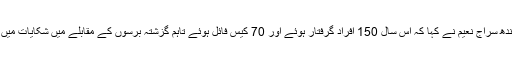
ڈائریکٹر جنرل نیب سندھ سراج نعیم نے کہا کہ اس سال 150 افراد گرفتار ہوئے اور 70 کیس فائل ہوئے تاہم گزشتہ برسوں کے مقابلے میں شکایات میں تین گنا اضافہ ہوا ہے۔